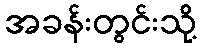
အခန်းတွင်းသို့